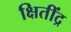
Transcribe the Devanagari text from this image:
क्षितींद्र